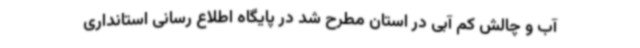
آب و چالش کم آبی در استان مطرح شد در پایگاه اطلاع رسانی استانداری